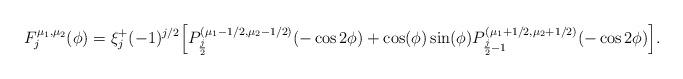
LaTeX: \begin{align*} F_j^{\mu_1,\mu_2}(\phi) = \xi^+_j (-1)^{j/2}\Big[ P_{\frac{j}{2}}^{(\mu_1-1/2,\mu_2-1/2)}(-\cos 2\phi) + \cos(\phi)\sin(\phi)P_{\frac{j}{2}-1}^{(\mu_1+1/2,\mu_2+1/2)}(-\cos 2\phi)\Big].\end{align*}